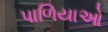
પાળિયાઓ